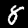
Digit: 8